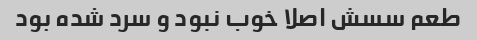
طعم سسش اصلا خوب نبود و سرد شده بود